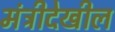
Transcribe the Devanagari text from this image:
मंत्रीदेखील